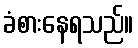
ခံစားနေရသည်။